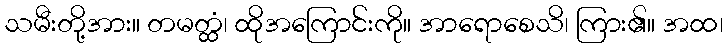
သမီးတို့အား။ တမတ္ထံ၊ ထိုအကြောင်းကို။ အာရောစေသိ၊ ကြား၏။ အထ၊